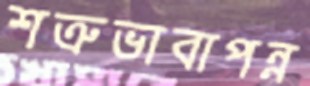
শত্রুভাবাপন্ন